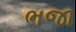
ભજા